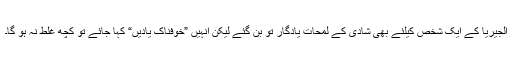
الجیریا کے ایک شخص کیلئے بھی شادی کے لمحات یادگار تو بن گئے لیکن انہیں ”خوفناک یادیں“ کہا جائے تو کچھ غلط نہ ہو گا۔